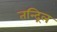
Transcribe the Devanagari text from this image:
तन्द्रिल